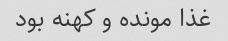
غذا مونده و کهنه بود